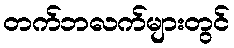
တက်ဘလက်များတွင်